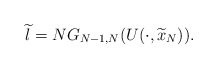
\begin{align*}\widetilde{l}=NG_{N-1,N}(U(\cdot ,\widetilde{x}_{N})). \end{align*}